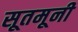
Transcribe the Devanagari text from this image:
सूतमूनी